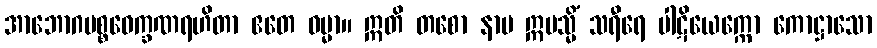
အာဘောဂပစ္စဝေက္ခဏရဟိတာ ဧတေ ဓမ္မာ။ ဣတိ တစော နာမ ဣမသ္မိံ သရီရေ ပါဋိယေက္ကော ကောဋ္ဌာသော